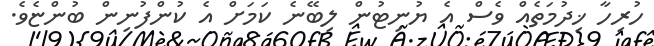
ހުރިހާ ޚިދުމަތެއް ވެސް އެ ޔުނިޓުން ލިބޭނެ ކަމަށް އެ ކުންފުނިން ބުންޏެވެ.